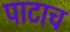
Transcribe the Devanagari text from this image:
पाटाच